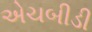
એચબીડી